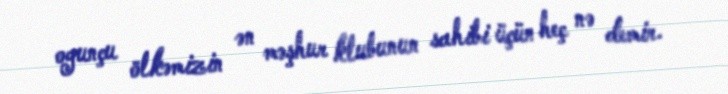
oyunçu ölkəmizin ən məşhur klubunun sahibi üçün heç nə demir.